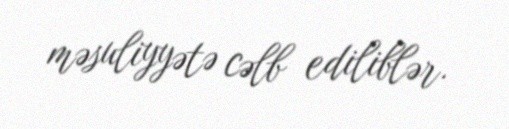
məsuliyyətə cəlb ediliblər.